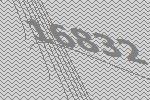
16832